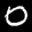
Label: 0